Annual administration report of the Civil Veterinary Department, Ajmere-Merwara, British Rajputana - 1914-1940
Year: 1914
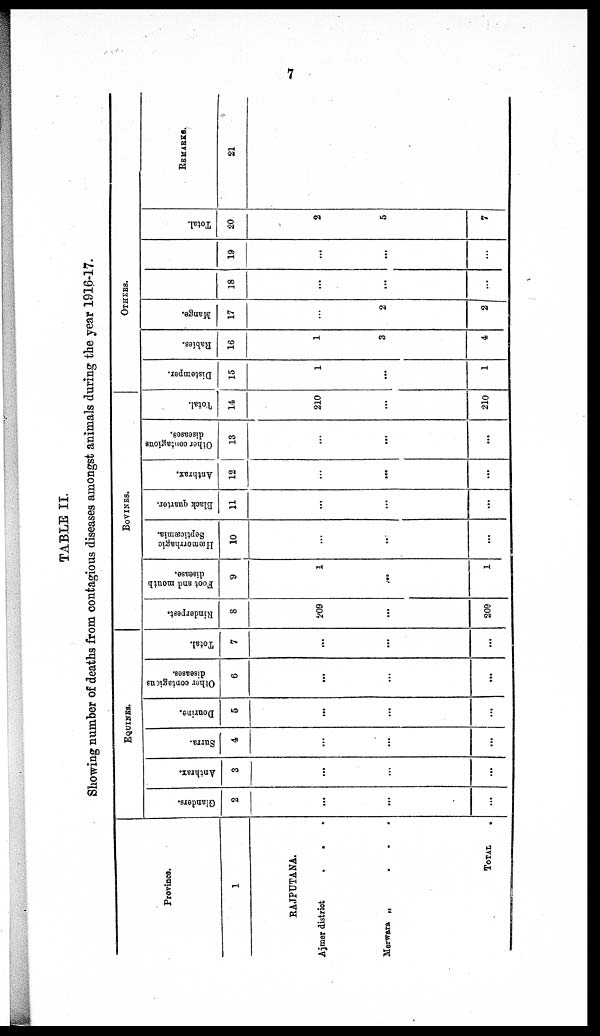
7
TABLE II.
Showing number of deaths from contagious diseases amongst animals during the year 1916-17.
Province.
1
RAJPUTANA.
Ajmer district
.
. .
Merwara „
.
.
.
TOTAL .
EQUINES.
Glanders.
2
...
...
...
Anthrax.
3
...
...
...
Surra.
4
...
...
...
Dourine.
5
...
...
...
Other contagious
diseases.
6
...
...
...
Total.
7
...
...
...
BOVINES.
Rinderpest.
8
209
...
209
Foot and mouth
disease.
9
1
...
1
Hæmorrhagic
Septicæmia.
10
...
...
...
Black quarter.
11
...
...
...
Anthrax.
12
...
...
...
Other contagions
diseases.
13
...
...
...
Total.
14
210
...
210
OTHERS.
Distemper.
15
1
...
1
Rabies.
16
1
3
4
Mange.
17
...
2
2
18
...
...
...
19
...
...
...
Total.
20
2
5
7
REMARKS.
21